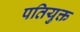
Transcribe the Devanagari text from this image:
पतियुक्त